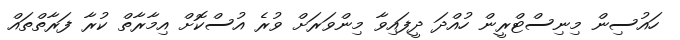
ހައުސިން މިނިސްޓްރީން ހުއްދަ ދީފައިވާ މިންވަރަށް ވުރެ އުސްކޮށް އިމާރާތް ކުރާ ފަރާތްތައް